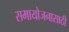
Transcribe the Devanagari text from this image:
समायोजनासाठी